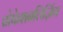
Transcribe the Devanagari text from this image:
प्रोफेशनलिज़िंग